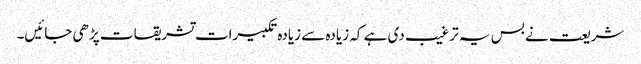
شریعت نے بس یہ ترغیب دی ہے کہ زیادہ سے زیادہ تکبیرات تشریقات پڑھی جائیں۔